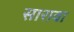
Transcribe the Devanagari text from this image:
सारावा